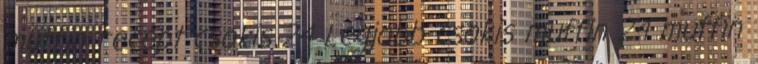
muffin recept csokis 24 Legjobb csokis muffin 24 muffin